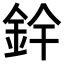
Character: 𮡰